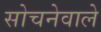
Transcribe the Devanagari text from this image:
सोचनेवाले